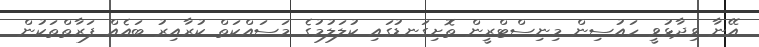
އޭނާ ވިދާޅުވީ ހައުސިން މިނިސްޓްރީން ތޮށިގަނޑުގައި ކުލަލުމުގެ މަސައްކަތް ކުރާއިރު ބައެއް ފަރާތްތަކުން